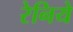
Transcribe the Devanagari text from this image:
रेनिये